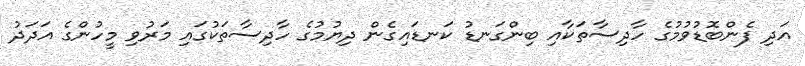
އަދި ފެންބޮޑުވުމުގެ ހާދިސާތަކާއި ބިންގަނޑު ކަނޑައިގެން ދިޔުމުގެ ހާދިސާތަކުގައި މަރުވި މީހުންގެ އަދަދު